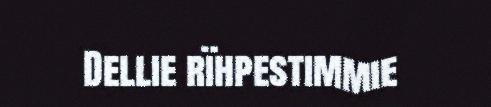
Dellie rïhpestimmie